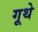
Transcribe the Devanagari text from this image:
गूथे